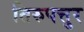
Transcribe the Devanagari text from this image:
तिरुपत्तुर